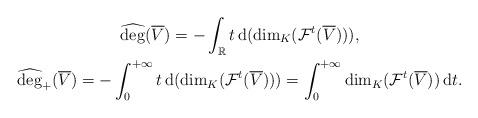
LaTeX: \begin{gather*}\widehat{\deg}(\overline V)=-\int_{\mathbb R}t\,\mathrm{d}(\dim_K(\mathcal F^t(\overline V))),\\\widehat{\deg}_+(\overline V)=-\int_0^{+\infty}t\,\mathrm{d}(\dim_K(\mathcal F^t(\overline V)))=\int_{0}^{+\infty}\dim_K(\mathcal F^t(\overline V))\,\mathrm{d}t.\end{gather*}